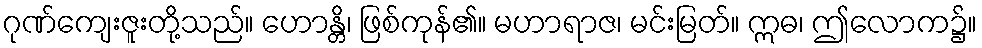
ဂုဏ်ကျေးဇူးတို့သည်။ ဟောန္တိ၊ ဖြစ်ကုန်၏။ မဟာရာဇ၊ မင်းမြတ်။ ဣဓ၊ ဤလောက၌။